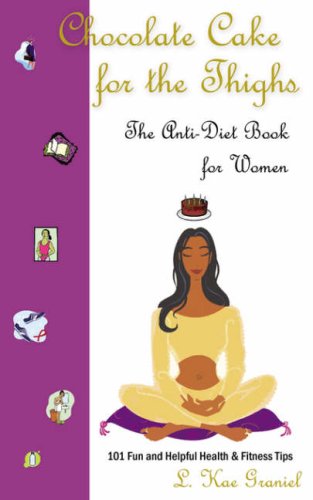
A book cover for Chocolate Cake for the Thighs - The Anti-Diet Book for Women: 101 Fun and Helpful Health  and  Fitness Tips; L. Kae Graniel; Health, Fitness & Dieting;